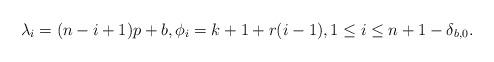
LaTeX: \begin{gather*} \lambda_i= (n-i+1) p+b, \phi_i=k+1+r (i-1), 1 \le i \le n+1-\delta_{b,0}.\end{gather*}